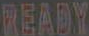
READY